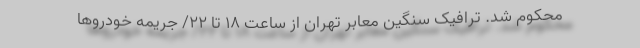
محکوم شد. ترافیک سنگین معابر تهران از ساعت ۱۸ تا ۲۲/ جریمه خودروها